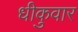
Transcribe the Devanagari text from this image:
धीकुवार